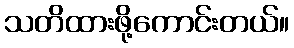
သတိထားဖို့ကောင်းတယ်။